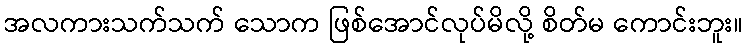
အလကားသက်သက် သောက ဖြစ်အောင်လုပ်မိလို့ စိတ်မ ကောင်းဘူး။